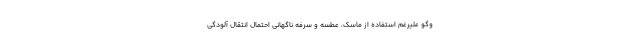
وگو علیرغم استفاده از ماسک، عطسه و سرفه ناگهانی احتمال انتقال آلودگی